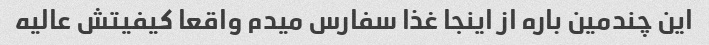
این چندمین باره از اینجا غذا سفارس میدم واقعا کیفیتش عالیه